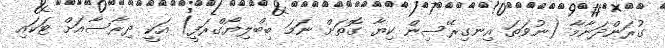
ގުރަންދަނާމާ (ނުވަތަ އިނގިރޭސިން ކިޔާ ގޮތަށް ނަމަ ބިބްލިޔޯގްރަފީ) އަކީ ދިރާސާއަށް ޓަކައި